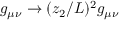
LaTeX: g _ { \mu \nu } \to ( z _ { 2 } / L ) ^ { 2 } g _ { \mu \nu }